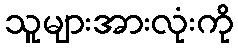
သူများအားလုံးကို